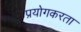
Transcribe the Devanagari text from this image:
प्रयोगकरता